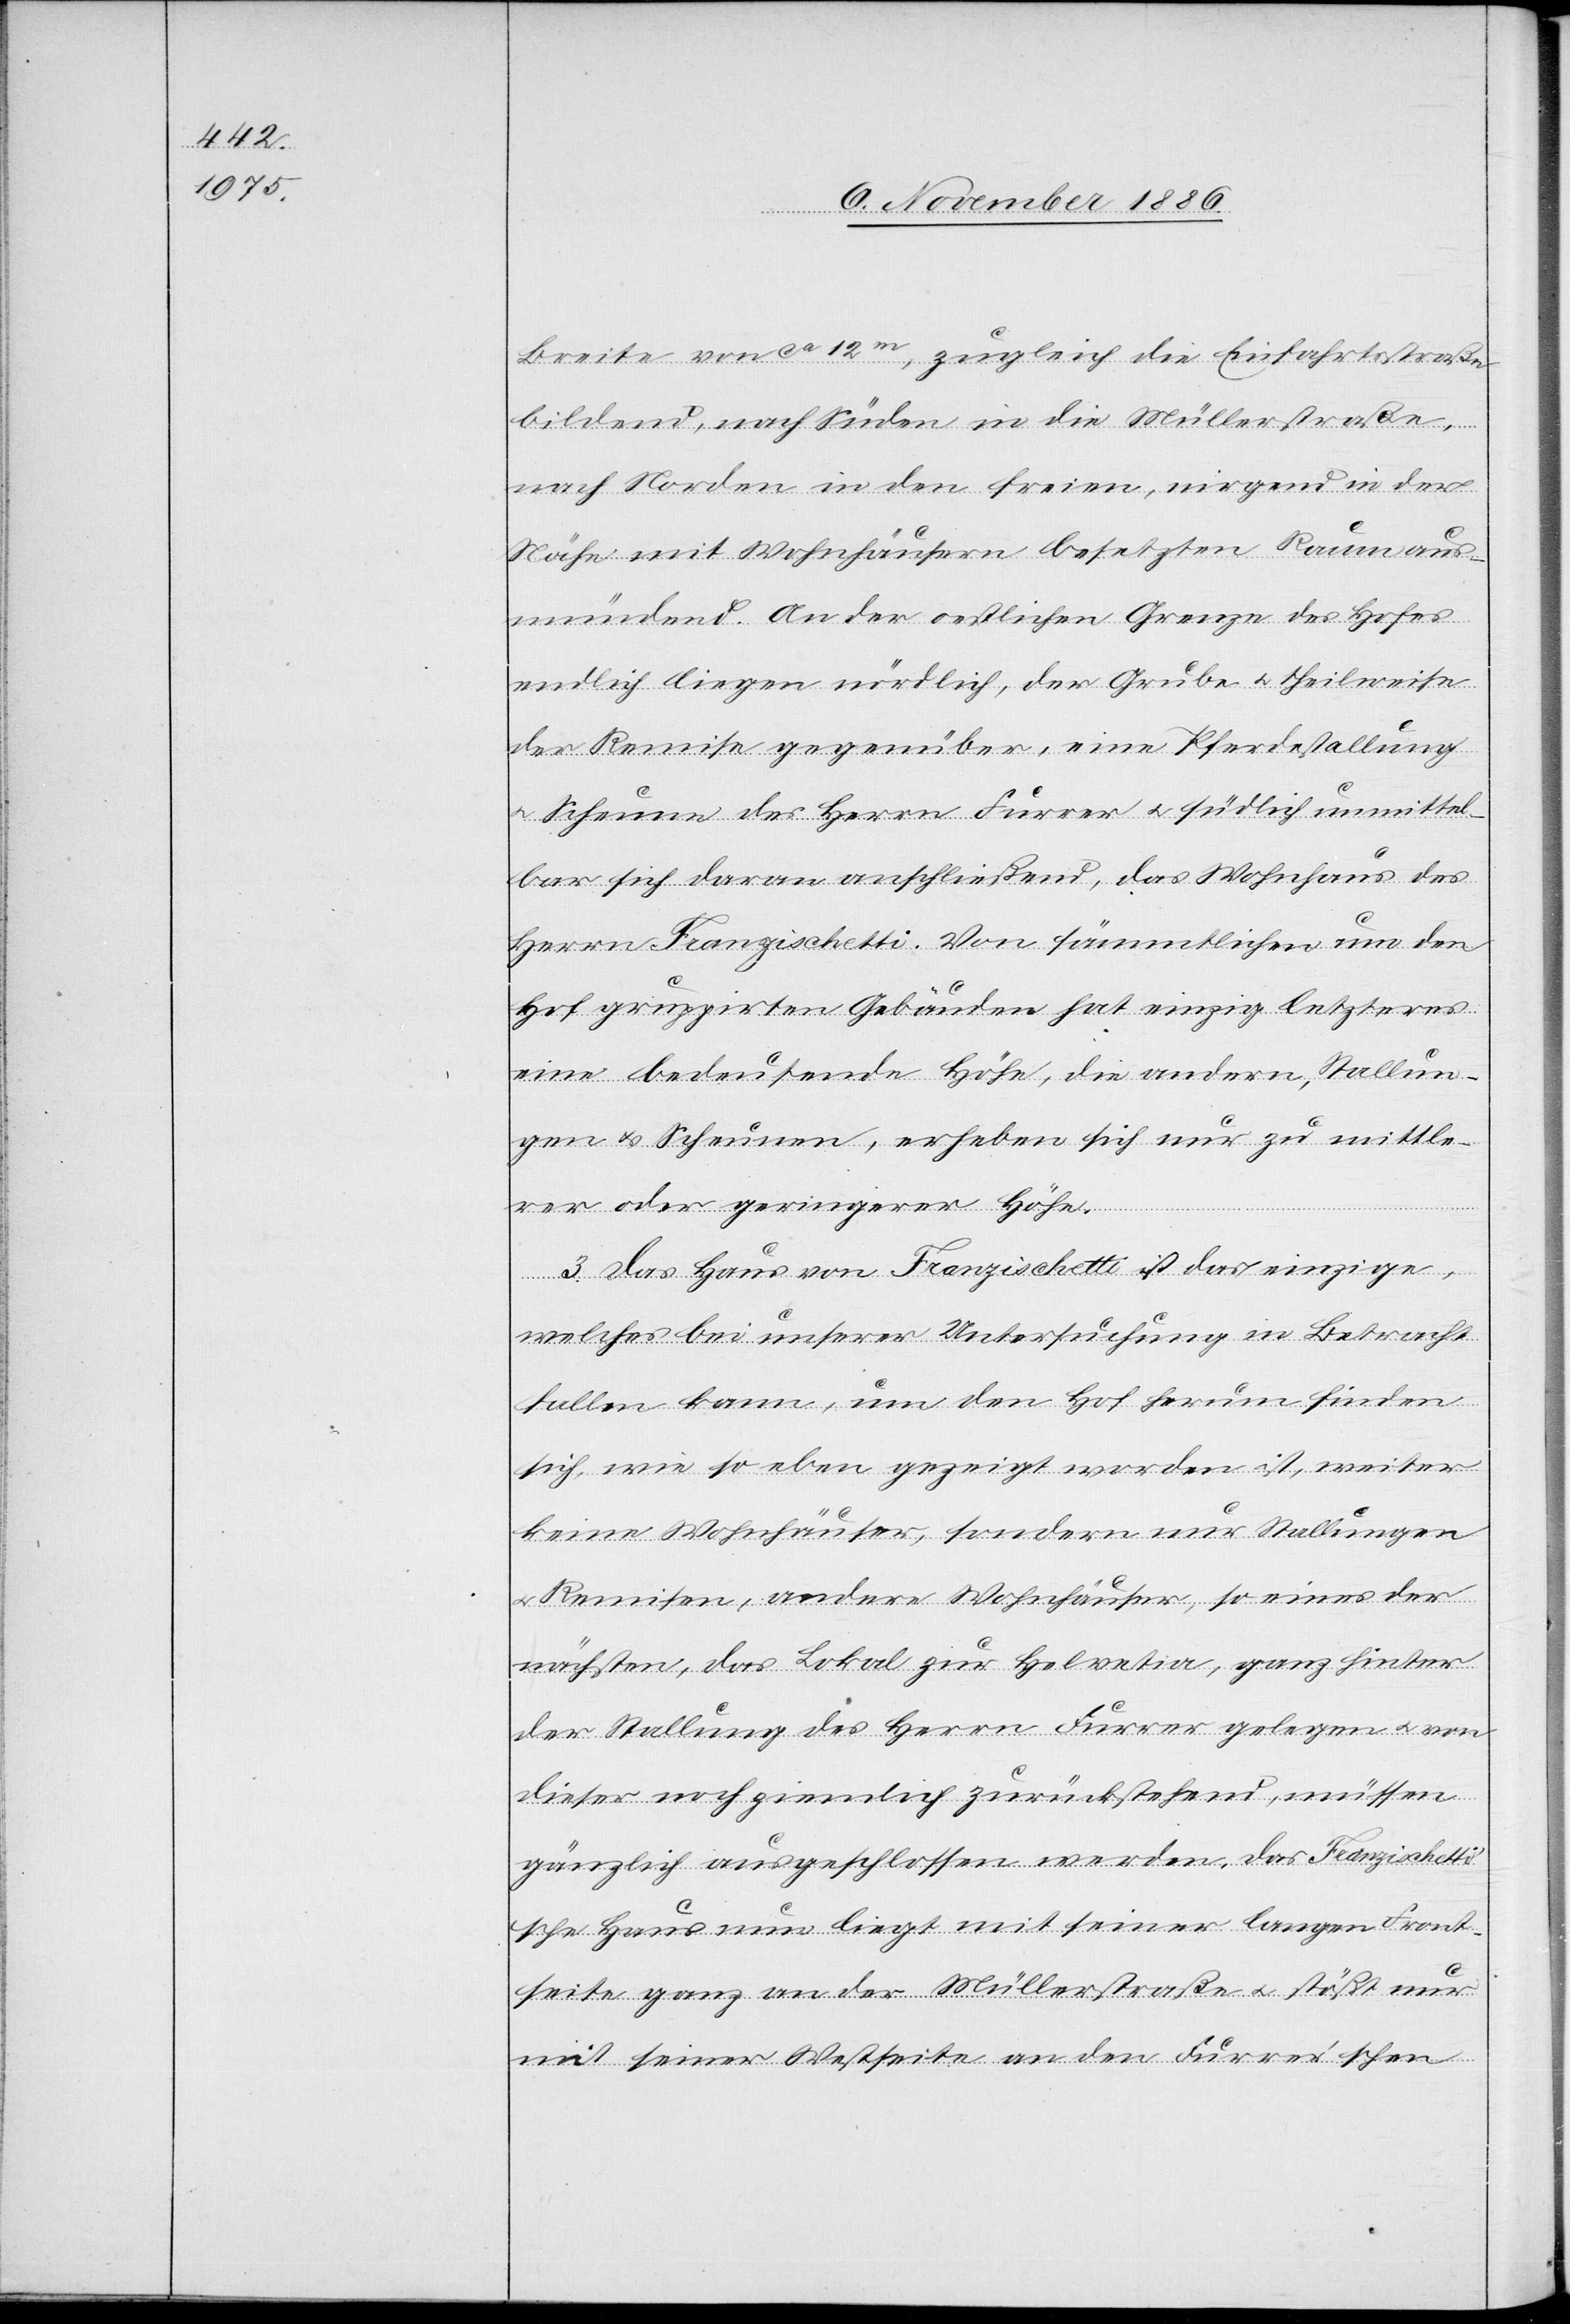
Breite von ca 12m, zugleich die Einfahrtsstraße
bildend, nach Süden in die Müllerstraße,
nach Norden in den freien, nirgend in der
Nähe mit Wohnhäusern besetzten Raum aus¬
mündend. An der oestlichen Grenze des Hofes
endlich liegen nördlich, der Grube & theilweise
der Remise gegenüber, eine Pferdestallung
& Scheune des Herrn Furrer & südlich unmittel¬
bar sich daran anschließend, das Wohnhaus des
Herrn Franzischetti. Von sämmtlichen um den
Hof gruppirten Gebäuden hat einzig letzteres
eine bedeutende Höhe, die andern, Stallun¬
gen & Scheunen, erheben sich nur zu mittle¬
rer oder geringerer Höhe.
3. Das Haus von Franzischetti ist das einzige,
welches bei unserer Untersuchung in Betracht
fallen kann, um den Hof herum finden
sich, wie so eben gezeigt worden ist, weiter
keine Wohnhäuser, sondern nur Stallungen
Remisen, andere Wohnhäuser, so eines der
nächsten, das Lokal zur Helvetia, ganz hinter
der Stallung des Herrn Furrer gelegen & von
dieser noch ziemlich zurückstehend, müssen
gänzlich ausgeschlossen werden. Das Franzischett¬
i’sche Haus nun liegt mit seiner langen Front¬
seite ganz an der Müllerstraße & stößt nur
mit seiner Westseite an den Furrer’schen